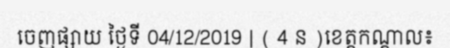
ចេញផ្សាយ ថ្ងៃទី 04/12/2019 | ( 4 ន )ខេត្តកណ្តាល៖